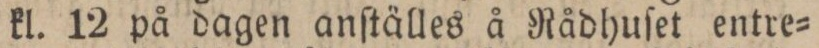
kl. 12 på dagen anſtälles å Rådhuſet entre=